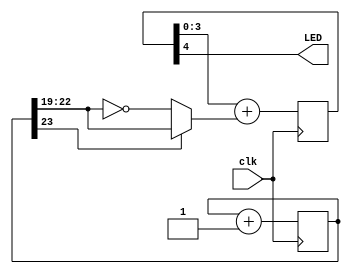
//By continuously changing the LED intensity, the LED appears to "glow".
	module LED_glow(
	clk,
	LED);
//=======================================================
//  PORT declarations
//=======================================================
input clk;
output LED;

//=======================================================
//  REG/WIRE declarations
//=======================================================
reg	[23:0]	cnt;
reg	[4:0] 	PWM;


always @(posedge clk) cnt<=cnt+1;
wire [3:0] PWM_input = cnt[23] ? cnt[22:19] : ~cnt[22:19];    // ramp the PWM input up and down

//=======================================================
//  Structural coding
//=======================================================
always @(posedge clk) PWM <= PWM[3:0]+PWM_input;
	assign LED = PWM[4];
endmodule